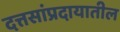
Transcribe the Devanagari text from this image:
दत्तसांप्रदायातील